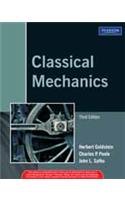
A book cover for Classical Mechanics (3rd Edition); Goldstein / Poole / Safko; Science & Math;